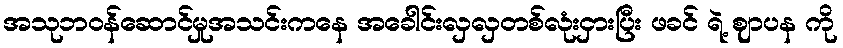
အသုဘဝန်ဆောင်မှုအသင်းကနေ အခေါင်းလှလှတစ်လုံးငှားပြီး ဖခင် ရဲ့ ဈာပန ကို